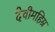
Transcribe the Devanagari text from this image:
देवीमहिम्र